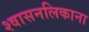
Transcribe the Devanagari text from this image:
श्वासनलिकाना